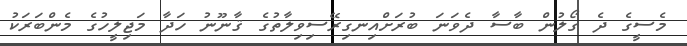
މެސީގެ ދެ ގޯލުން ބާސާ ދެވަނަ ބުރަށްއިނގިރޭސިވިލާތުގެ ޤާނޫނު ހަދާ މަޖިލީހުގެ މެންބަރަކު